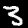
Digit: 3